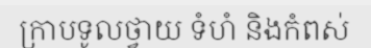
ក្រាបទូលថ្វាយ ទំហំ និងកំពស់